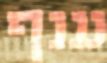
ענף